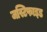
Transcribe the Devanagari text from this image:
जस्टिफाइड